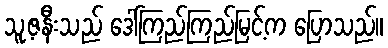
သူ့ဇနီးသည် ဒေါ်ကြည်ကြည်မြင့်က ပြောသည်။